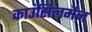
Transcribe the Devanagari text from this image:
काउंसिलमैन